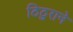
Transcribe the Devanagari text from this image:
ठिठुराने